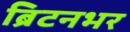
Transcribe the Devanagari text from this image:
ब्रिटनभर